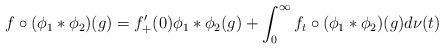
LaTeX: \begin{align*} f \circ ( \phi_1 * \phi_2 ) (g) = f_+' (0) \phi_1 * \phi_2 (g) + \int_{0}^{\infty} f_t \circ (\phi_1 * \phi_2) (g) d\nu (t) \end{align*}